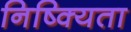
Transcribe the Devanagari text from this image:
निष्क्यिता